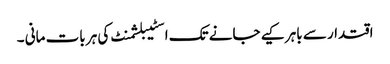
اقتدار سے باہر کیے جانے تک اسٹیبلشمنٹ کی ہر بات مانی ۔